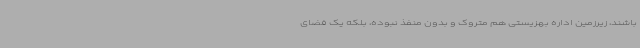
باشند، زیرزمین اداره بهزیستی هم متروک و بدون منفذ نبوده، بلکه یک فضای